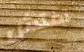
تفتش